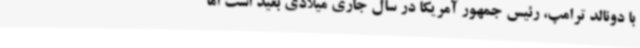
با دونالد ترامپ، رئیس جمهور آمریکا در سال جاری میلادی بعید است اما